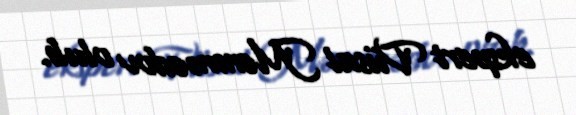
ekspert Vüsal Məmmədov olub.